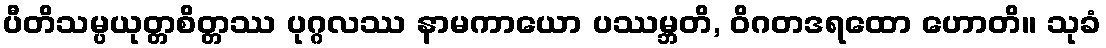
ပီတိသမ္ပယုတ္တစိတ္တဿ ပုဂ္ဂလဿ နာမကာယော ပဿမ္ဘတိ, ဝိဂတဒရထော ဟောတိ။ သုခံ